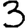
Digit: 3